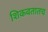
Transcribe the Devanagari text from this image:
शिकवतातच